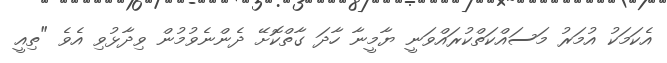
އެކަމަކު އުމަރު މަސައްކަތްކުރައްވަނީ ޔާމީނާ ހާދަ ގާތްކޮށޭ ދެންނެވުމުން ވިދާޅުވި އެވެ "ތިއީ